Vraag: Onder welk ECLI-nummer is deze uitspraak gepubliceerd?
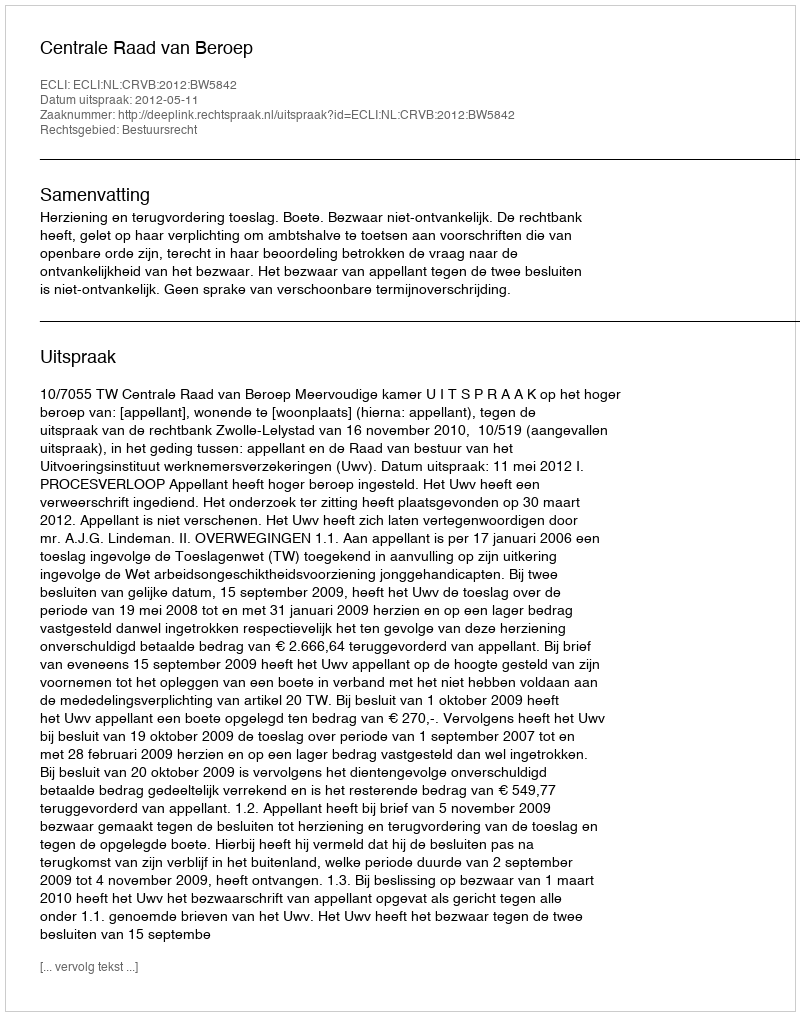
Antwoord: ECLI:NL:CRVB:2012:BW5842